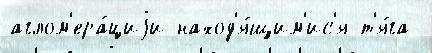
аглом'ера́циjи наход'я́щим'ис'я т'я́га